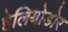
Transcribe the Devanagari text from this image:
हेलियोडोर